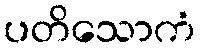
ပတိသောကံ